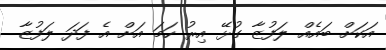
އަކަށް ބައެއް ލަފުޒާ ގުޅޭ އިރު ހަމަ އަށް އެ ފަދަ ލަފުޒާ